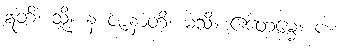
ဣတိ၊ သို့။ န ဇာနာတိ၊ မသိ။ ဧတေမ္မေ။ ပ။